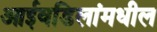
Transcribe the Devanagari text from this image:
आईवडिलांमधील